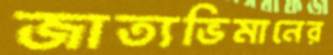
জাত্যভিমানের